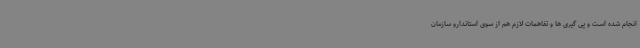
انجام شده است و پی گیری ها و تفاهمات لازم هم از سوی استاندارو سازمان